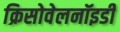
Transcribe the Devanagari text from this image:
क्रिसोवेलनॉइडी